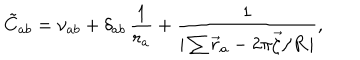
\tilde { C } _ { a b } = \nu _ { a b } + \delta _ { a b } \, \frac { 1 } { r _ { a } } + \frac { 1 } { | \sum \vec { r } _ { a } - 2 \pi \vec { \zeta } / R \, | } ,